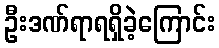
ဦးဒဏ်ရာရရှိခဲ့ကြောင်း